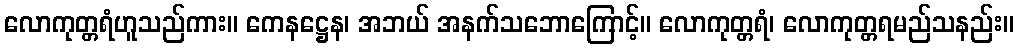
လောကုတ္တရံဟူသည်ကား။ ကေနဋ္ဌေန၊ အဘယ် အနက်သဘောကြောင့်။ လောကုတ္တရံ၊ လောကုတ္တရမည်သနည်း။